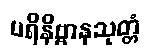
ပရိနိဗ္ဗာနသုတ္တံ